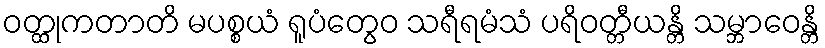
ဝတ္ထုကတာတိ မပစ္စယံ ရူပံတွေဝ သရီရမံသံ ပရိဝတ္တီယန္တိ သမ္ဘာဝေန္တိ